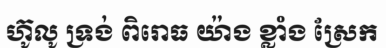
ហ៊ូលូ ទ្រង់ ពិរោធ យ៉ាង ខ្លាំង ស្រែក